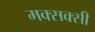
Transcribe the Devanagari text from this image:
मक्सक्सी